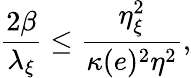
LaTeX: \frac{2\beta}{\lambda_{\xi}}\leq\frac{\eta_{\xi}^{2}}{\kappa(e)^{2}\eta^{2}},